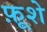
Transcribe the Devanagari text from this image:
फ़ूशे